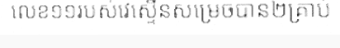
លេខ១១របស់វេស្ទើនសម្រេចបាន២គ្រាប់